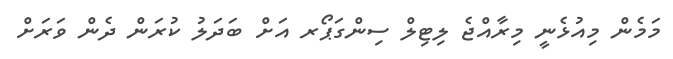
މަމެން މިއުޅެނީ މިރާއްޖެ ލިޓިލް ސިންގަޕޯރ އަށް ބަދަލު ކުރަން ދެން ވަރަށް